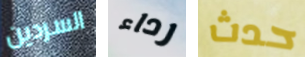
السردين رداء حدث